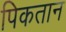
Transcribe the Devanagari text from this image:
पिकतान